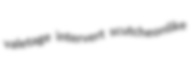
valetage intervert scutcheonlike